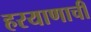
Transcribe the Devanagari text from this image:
हरयाणाची